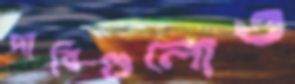
দাবিগুলোও